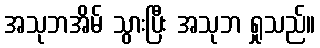
အသုဘအိမ် သွားပြီး အသုဘ ရှုသည်။